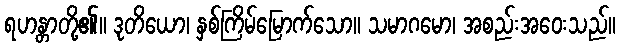
ရဟန္တာတို့၏။ ဒုတိယော၊ နှစ်ကြိမ်မြောက်သော။ သမာဂမော၊ အစည်းအဝေးသည်။